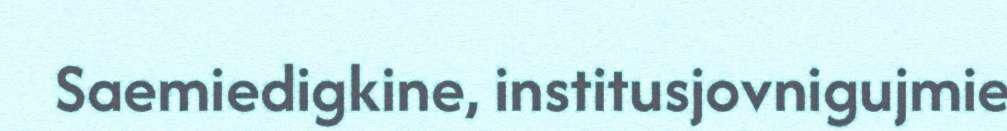
Saemiedigkine, institusjovnigujmie